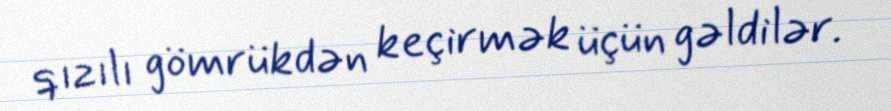
qızılı gömrükdən keçirmək üçün gəldilər.